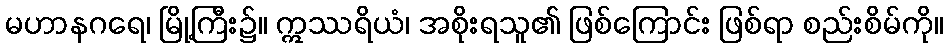
မဟာနဂရေ၊ မြို့ကြီး၌။ ဣဿရိယံ၊ အစိုးရသူ၏ ဖြစ်ကြောင်း ဖြစ်ရာ စည်းစိမ်ကို။